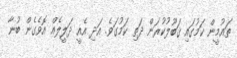
ތައުމީން ކަމުގައި ޤަބޫލުކުރަން ދަތި ކަމުގަވެ. އަދި އެއީ ދަލީލެއް އޮވެގެން ބުނާ